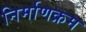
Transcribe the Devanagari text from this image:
निर्माणक्रम